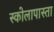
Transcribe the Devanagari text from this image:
स्कोलापास्ता